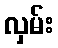
လှမ်း